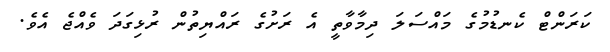
ކަރަންޓް ކެނޑުމުގެ މައްސަލަ ދިމާވާތީ އެ ރަށުގެ ރައްޔިތުން ރުޅިގަދަ ވެއްޖެ އެވެ.